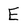
Character: E